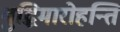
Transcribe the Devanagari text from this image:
बुद्धिमारोहन्ति